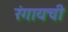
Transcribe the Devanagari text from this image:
रंगायची